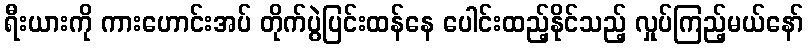
ရီးယားကို ကားဟောင်းအပ် တိုက်ပွဲပြင်းထန်နေ ပေါင်းထည့်နိုင်သည့် လှုပ်ကြည့်မယ်နော်